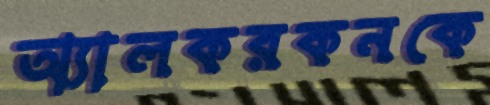
অ্যালকরকনকে